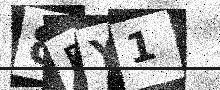
Text: 8EY1